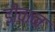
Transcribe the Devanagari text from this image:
डीवान